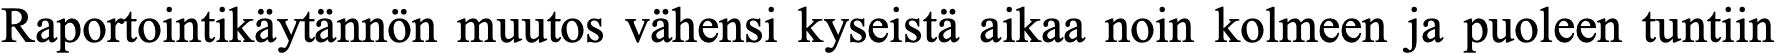
Raportointikäytännön muutos vähensi kyseistä aikaa noin kolmeen ja puoleen tuntiin